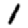
Digit: 1